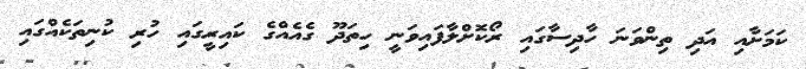
ކަމަށާއި އަދި ތިންވަނަ ހާދިސާގައި ރޯކޮށްލާފައިވަނީ ހިތަދޫ ގެއެއްގެ ކައިރީގައި ހުރި ކުނިތަކެއްގައި